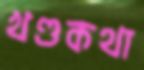
খণ্ডকথা